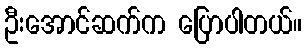
ဦးအောင်ဆက်က ပြောပါတယ်။